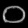
Digit: ၀